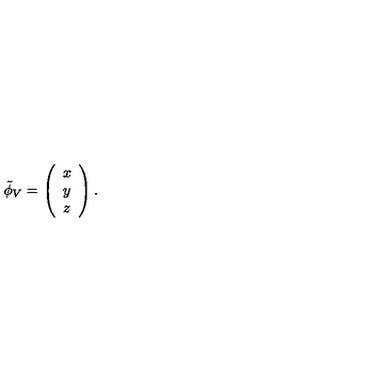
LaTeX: \tilde { \phi } _ { V } = \left( \begin{array} { c } { x } \\ { y } \\ { z } \\ \end{array} \right) .